Report of the Hyderabad Chloroform Commission
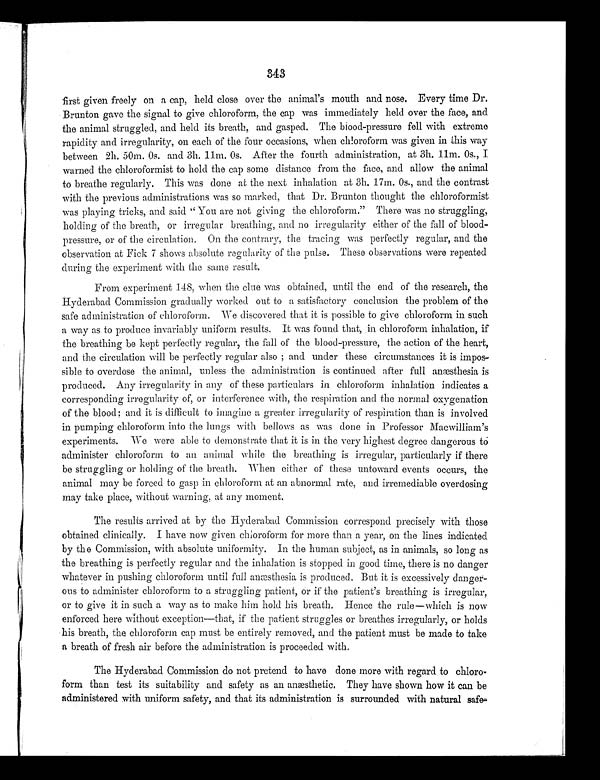
first given freely on a cap, held close over the animal's mouth and nose. Every time Dr.
Brunton gave the signal to give chloroform, the cap was immediately held over the face, and
the animal struggled, and held its breath, and gasped. The blood-pressure fell with extreme
rapidity and irregularity, on each of the four occasions, when chloroform was given in this way
between 2h. 50m. 0s. and 3h. 11m. 0s. After the fourth administration, at 3h. 11m. 0s., I
warned the chloroformist to hold the cap some distance from the face, and allow the animal
to breathe regularly. This was done at the next inhalation at 3h. 17m. 0s., and the contrast
with the previous administrations was so marked, that Dr. Brunton thought the chloroformist
was playing tricks, and said "You are not giving the chloroform." There was no struggling,
holding of the breath, or irregular breathing, and no irregularity either of the fall of blood-
pressure, or of the circulation. On the contrary, the tracing was perfectly regular, and the
observation at Fick 7 shows absolute regularity of the pulse. These observations were repeated
during the experiment with the same result.
From experiment 148, when the clue was obtained, until the end of the research, the
Hyderabad Commission gradually worked out to a satisfactory conclusion the problem of the
safe administration of chloroform. We discovered that it is possible to give chloroform in such
a way as to produce invariably uniform results. It was found that, in chloroform inhalation, if
the breathing be kept perfectly regular, the fall of the blood-pressure, the action of the heart,
and the circulation will be perfectly regular also; and under these circumstances it is impos
- s i b l e t o o v e r d o s e t h e a n i m a l , u n l e s s t h e a d m i n i s t r a t i o n i s c o n t i n u e d a f t e r f u l l a n æ s t h e s i a i s
produced. Any irregularity in any of these particulars in chloroform inhalation indicates a
corresponding irregularity of, or interference with, the respiration and the normal oxygenation
of the blood; and it is difficult to imagine a greater irregularity of respiration than is involved
in pumping chloroform into the lungs with bellows as was done in Professor Macwilliam's
experiments. We were able to demonstrate that it is in the very highest degree dangerous to
administer chloroform to an animal while the breathing is irregular, particularly if there
be struggling or holding of the breath. When either of these untoward events occurs, the
animal may be forced to gasp in chloroform at an abnormal rate, and irremediable overdosing
may take place, without warning, at any moment.
The results arrived at by the Hyderabad Commission correspond precisely with those
obtained clinically. I have now given chloroform for more than a year, on the lines indicated
by the Commission, with absolute uniformity. In the human subject, as in animals, so long as
the breathing is perfectly regular and the inhalation is stopped in good time, there is no danger
whatever in pushing chloroform until full anæsthesia is produced. But it is excessively danger
-ous to administer chloroform to a struggling patient, or if the patient's breathing is irregular,
or to give it in such a way as to make him hold his breath. Hence the rule—which is now
enforced here without exception—that, if the patient struggles or breathes irregularly, or holds
his breath, the chloroform cap must be entirely removed, and the patient must be made to take
a breath of fresh air before the administration is proceeded with.
The Hyderabad Commission do not pretend to have done more with regard to chloro--
form than test its suitability and safety as an anæsthetic. They have shown how it can be
administered with uniform safety, and that its administration is surrounded with natural safe-